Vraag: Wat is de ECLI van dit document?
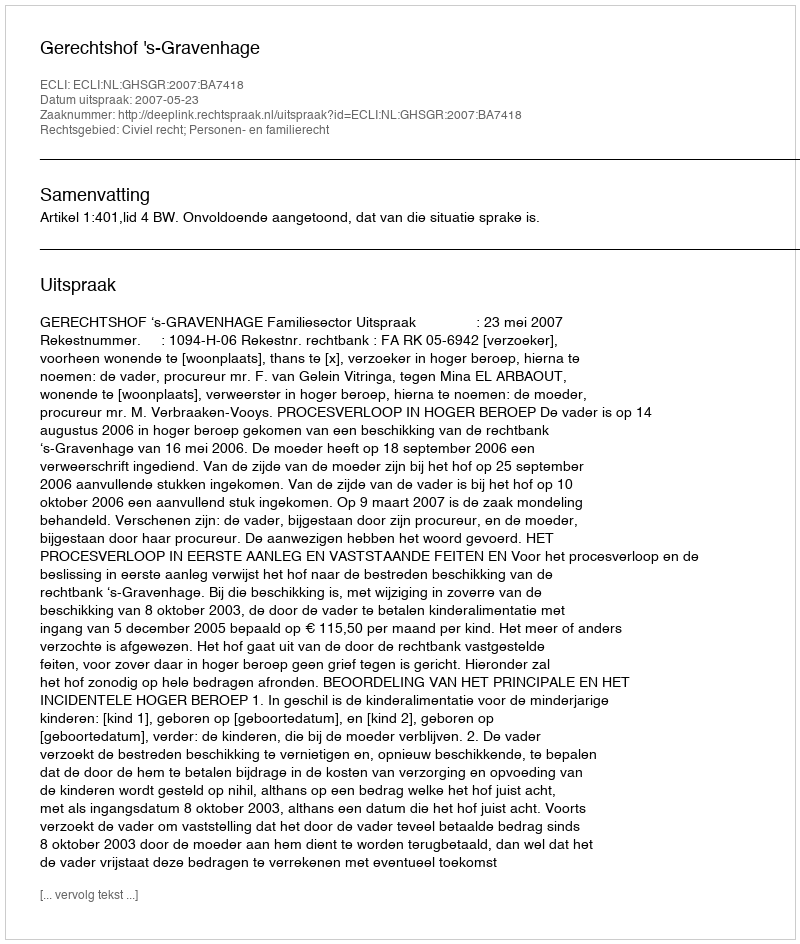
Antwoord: ECLI:NL:GHSGR:2007:BA7418